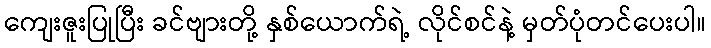
ကျေးဇူးပြုပြီး ခင်ဗျားတို့ နှစ်ယောက်ရဲ့ လိုင်စင်နဲ့ မှတ်ပုံတင်ပေးပါ။